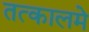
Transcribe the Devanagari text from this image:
तत्कालमे